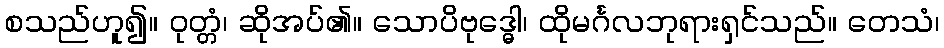
စသည်ဟူ၍။ ဝုတ္တံ၊ ဆိုအပ်၏။ သောပိဗုဒ္ဓေါ၊ ထိုမင်္ဂလဘုရားရှင်သည်။ တေသံ၊